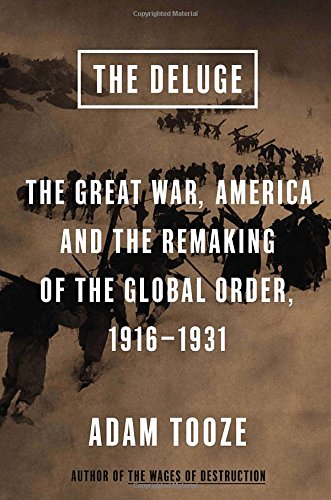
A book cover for The Deluge: The Great War, America and the Remaking of the Global Order, 1916-1931; Adam Tooze; History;